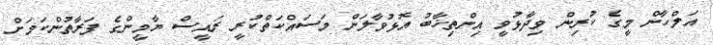
އަލްހާން މީގެ ކުރިން ވިދާޅުވީ އިންތިޚާބު އޮޅުވާލަން މަސައްކަތްކުރީ ރައީސް ޔާމީންގެ ފަރާތުންކަމަށް